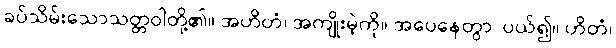
ခပ်သိမ်းသောသတ္တဝါတို့၏။ အဟိတံ၊ အကျိုးမဲ့ကို။ အပေနေတွာ၊ ပယ်၍။ ဟိတံ၊